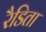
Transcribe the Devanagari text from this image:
रैडिता